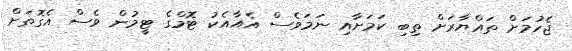
ޖެހުމަށް ތައްޔާރަށް ތިބި ކަމަށާއި ނަމަވެސް އެއާއެކު ޓޮމްގެ ޓީމުން ވެސް އެގޮތަށް